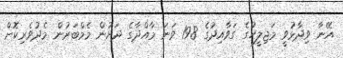
އޭނާ ވިދާޅުވީ މަޖިލީހުގެ ގަވާއިދުގެ 198 ވަނަ މާއްދާގެ ދަށުން މެމްބަރުން މެދުވެރިކޮށް